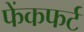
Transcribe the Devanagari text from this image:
फेंकफर्ट